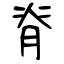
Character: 脊